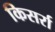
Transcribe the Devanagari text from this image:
किसर्रा